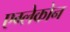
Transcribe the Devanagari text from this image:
एग्लेकोन